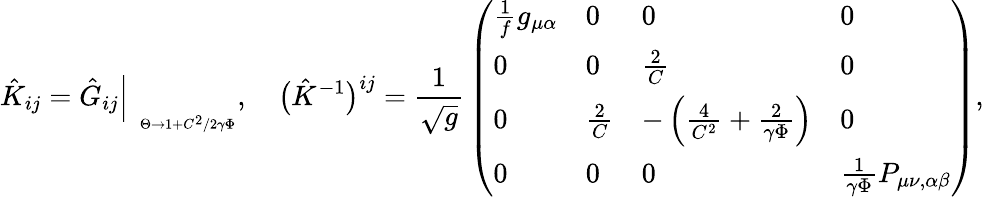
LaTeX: \hat{K}_{ij}=\hat{G}_{ij}\Big|_{\phantom{p}_{\Theta\to 1+C^{2}/2\gamma\Phi}},\quad\bigl(\hat{K}^{-1}\bigr)^{ij}={\frac{1}{\sqrt g}}\left(\begin{array}{llll}{{{\frac{1}{f}}g_{\mu\alpha}}}&{{0}}&{{0}}&{{0}}\\ {{0}}&{{0}}&{{{\frac{2}{C}}}}&{{0}}\\ {{0}}&{{{\frac{2}{C}}}}&{{-\left({\frac{4}{C^{2}}}+{\frac{2}{\gamma\Phi}}\right)}}&{{0}}\\ {{0}}&{{0}}&{{0}}&{{{\frac{1}{\gamma\Phi}}P_{\mu\nu,\alpha\beta}}}\end{array}\right),